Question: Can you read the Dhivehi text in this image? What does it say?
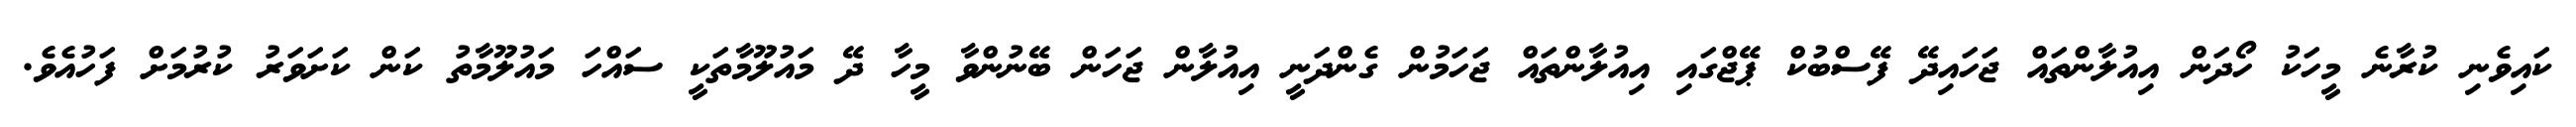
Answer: ކައިވެނި ކުރާނެ މީހަކު ހޯދަން އިއުލާންތައް ޖަހައިދޭ ފޭސްބުކް ޕޭޖްގައި އިއުލާންތައް ޖަހަމުން ގެންދަނީ އިއުލާން ޖަހަން ބޭނުންވާ މީހާ ދޭ މައުލޫމާތަކީ ސައްހަ މައުލޫމާތު ކަން ކަށަވަރު ކުރުމަށް ފަހުއެވެ.